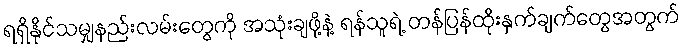
ရရှိနိုင်သမျှနည်းလမ်းတွေကို အသုံးချဖို့နဲ့ ရန်သူရဲ့ တန်ပြန်ထိုးနှက်ချက်တွေအတွက်